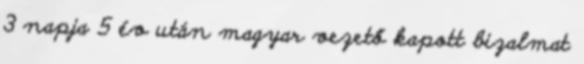
3 napja 5 év után magyar vezető kapott bizalmat